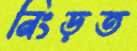
নিংড়ত